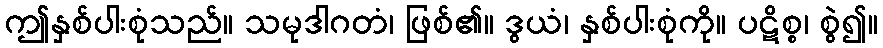
ဤနှစ်ပါးစုံသည်။ သမုဒါဂတံ၊ ဖြစ်၏။ ဒွယံ၊ နှစ်ပါးစုံကို။ ပဋိစ္စ၊ စွဲ၍။